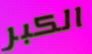
الكبر